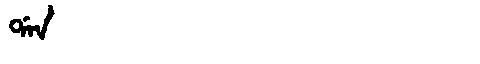
Manchu: ᡩᠠᠨ
Romanization: DAN